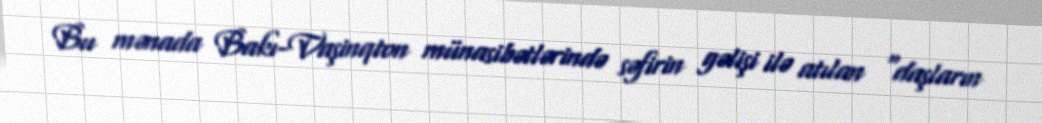
Bu mənada Bakı-Vaşinqton münasibətlərində səfirin gəlişi ilə atılan “daşların